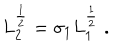
L _ { 2 } ^ { \frac { 1 } { 2 } } = \sigma _ { 1 } L _ { 1 } ^ { \frac { 1 } { 2 } } \; .